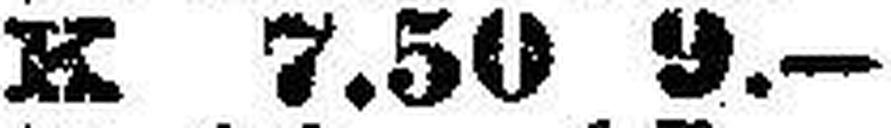
K 7.50 9.—